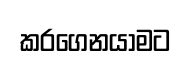
කරගෙනයාමට